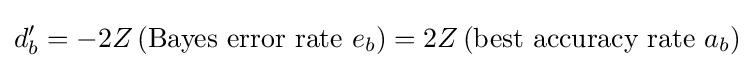
d'_{b}=-2Z\left({\text{Bayes error rate }}e_{b}\right)=2Z\left({\text{best accuracy rate }}a_{b}\right)